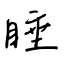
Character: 睡